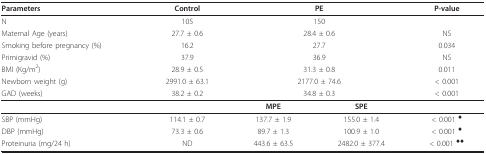
<table><thead><tr><td><b>Parameters</b></td><td><b>Control</b></td><td colspan="2"><b>PE</b></td><td><b>P-value</b></td></tr></thead><tbody><tr><td>N</td><td>105</td><td colspan="2">150</td><td></td></tr><tr><td>Maternal Age (years)</td><td>27.7 ± 0.6</td><td colspan="2">28.4 ± 0.6</td><td>NS</td></tr><tr><td>Smoking before pregnancy (%)</td><td>16.2</td><td colspan="2">27.7</td><td>0.034</td></tr><tr><td>Primigravid (%)</td><td>37.9</td><td colspan="2">36.9</td><td>NS</td></tr><tr><td>BMI (Kg/m<sup>2</sup>)</td><td>28.9 ± 0.5</td><td colspan="2">31.3 ± 0.8</td><td>0.011</td></tr><tr><td>Newborn weight (g)</td><td>2991.0 ± 63.1</td><td colspan="2">2177.0 ± 74.6</td><td>&lt; 0.001</td></tr><tr><td>GAD (weeks)</td><td>38.2 ± 0.2</td><td colspan="2">34.8 ± 0.3</td><td>&lt; 0.001</td></tr><tr><td></td><td></td><td><b>MPE</b></td><td><b>SPE</b></td><td></td></tr><tr><td>SBP (mmHg)</td><td>114.1 ± 0.7</td><td>137.7 ± 1.9</td><td>155.0 ± 1.4</td><td>&lt; 0.001 <sup>♦</sup></td></tr><tr><td>DBP (mmHg)</td><td>73.3 ± 0.6</td><td>89.7 ± 1.3</td><td>100.9 ± 1.0</td><td>&lt; 0.001 <sup>♦</sup></td></tr><tr><td>Proteinuria (mg/24 h)</td><td>ND</td><td>443.6 ± 63.5</td><td>2482.0 ± 377.4</td><td>&lt; 0.001 <sup>♦♦</sup></td></tr></tbody></table>